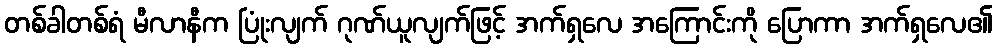
တစ်ခါတစ်ရံ မီလာနီက ပြုံးလျက် ဂုဏ်ယူလျက်ဖြင့် အက်ရှလေ အကြောင်းကို ပြောကာ အက်ရှလေ၏